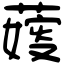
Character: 𦺋